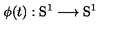
\phi ( t ) : \mathrm { S } ^ { 1 } \longrightarrow \mathrm { S } ^ { 1 }